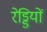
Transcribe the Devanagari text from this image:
रेड्डियों